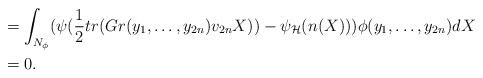
LaTeX: \begin{align*}& = \int_{N_{\phi}} (\psi(\frac{1}{2} tr(Gr(y_1, \ldots, y_{2n})v_{2n}X)) - \psi_{\mathcal{H}}(n(X))) \phi (y_1, \ldots, y_{2n}) dX\\& = 0.\end{align*}